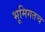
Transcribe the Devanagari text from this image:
भूमिगतच